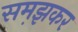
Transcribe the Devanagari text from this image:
सम़झकर